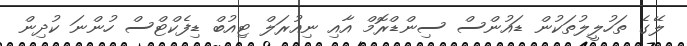
ލޭގެ ތަހުލީލުތަކުން ޑައުންސް ސިންޑްރޮމް އާއި ނިއުރަލް ޓިއުބް ޑިފެކްޓްސް ހުންނަ ކުދިން